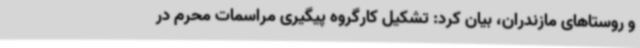
و روستاهای مازندران، بیان کرد: تشکیل کارگروه پیگیری مراسمات محرم در